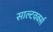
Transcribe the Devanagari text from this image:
साल्टवर्क्स